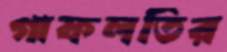
গাফলতির